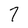
Character: 7